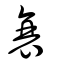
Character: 衰